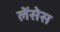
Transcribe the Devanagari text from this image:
लेंसेस